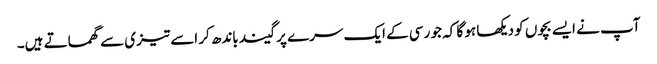
آپ نے ایسے بچوں کو دیکھا ہو گا کہ جو رسی کے ایک سرے پر گیند باندھ کر اسے تیزی سے گھماتے ہیں۔